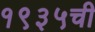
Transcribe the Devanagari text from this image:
१९३५ची